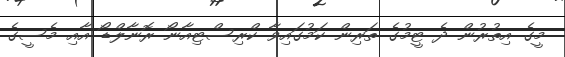
މީގެ އިތުރުން ދެ ޓީމުގެ ތަރިން ކަމުގައިވާ ކްރިސްޓިއާނޯ ރޮނާލްޑޯ އާއި މެސީގެ